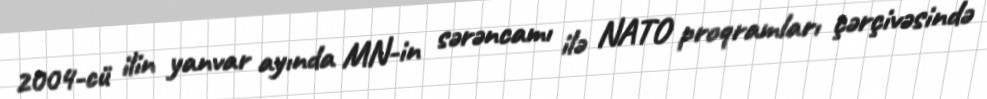
2004-cü ilin yanvar ayında MN-in sərəncamı ilə NATO proqramları çərçivəsində